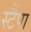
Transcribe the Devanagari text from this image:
स्टैंपा